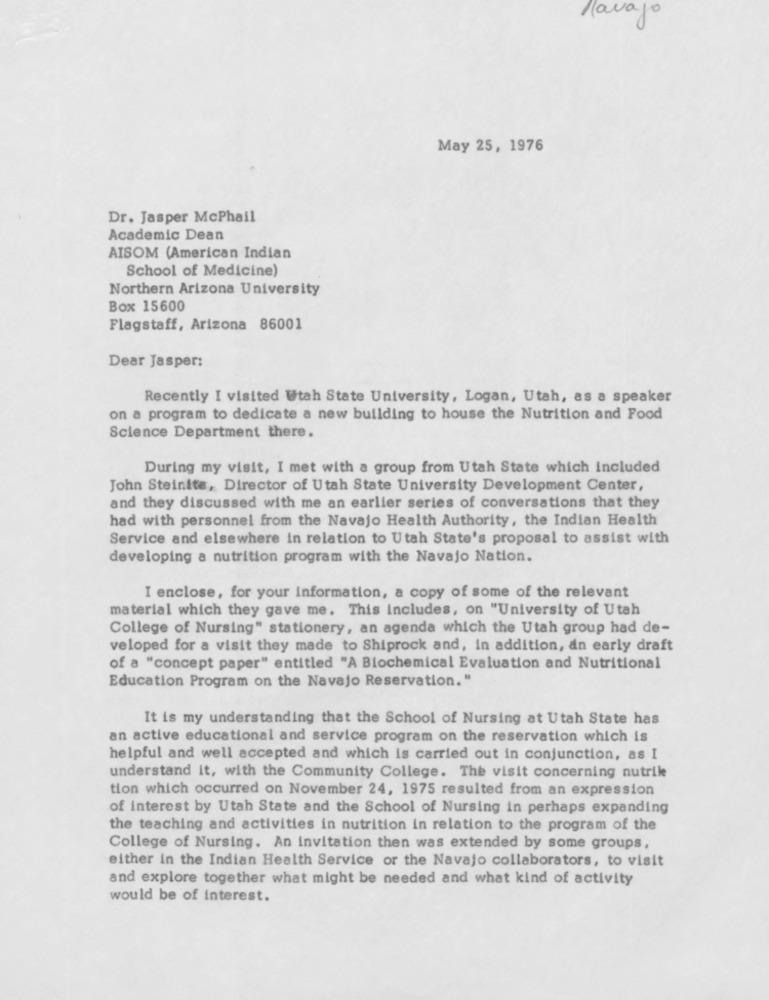
Hlavajo
May 25, 1976
Dr. Jasper McPhail
Academic Dean
AISOM (American Indian
School of Medicine)
Northern Arizona University
Box 15600
Flagstaff, Arizona 86001
Dear Jasper:
Recently I visited Utah State University, Logan, Utah, as a speaker
on a program to dedicate a new building to house the Nutrition and Food
Science Department there.
During my visit, I met with a group from Utah State which included
John Steinite, Director of Utah State University Development Center,
and they discussed with me an earlier series of conversations that they
had with personnel from the Navajo Health Authority, the Indian Health
Service and elsewhere in relation to Utah State's proposal to assist with
developing a nutrition program with the Navajo Nation.
I enclose, for your information, a copy of some of the relevant
material which they gave me. This includes, on "University of Utah
College of Nursing" stationery, an agenda which the Utah group had de-
veloped for a visit they made to Shiprock and, in addition, an early draft
of a "concept paper" entitled "A Biochemical Evaluation and Nutritional
Education Program on the Navajo Reservation."
It is my understanding that the School of Nursing at Utah State has
an active educational and service program on the reservation which is
helpful and well accepted and which is carried out in conjunction, as I
understand it, with the Community College. The visit concerning nutrile
tion which occurred on November 24, 1975 resulted from an expression
of interest by Utah State and the School of Nursing in perhaps expanding
the teaching and activities in nutrition in relation to the program of the
College of Nursing. An invitation then was extended by some groups,
either in the Indian Health Service or the Navajo collaborators, to visit
and explore together what might be needed and what kind of activity
would be of interest.